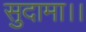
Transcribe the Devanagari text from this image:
सुदामा।।